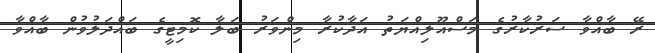
ރޭ ބާއްވާ ސަރުކާރުގެ މަސްއޫލިއްޔަތު އަދާކުރާ މިންވަރު ބަލާ ކޮމިޓީގެ ބައްދަލުވުން ބާއްވާ